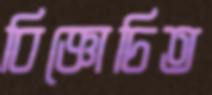
বিজ্ঞোচিত